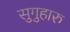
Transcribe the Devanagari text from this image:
सुगुहारु